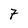
Character: 7